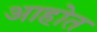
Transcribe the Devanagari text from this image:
अाहोत